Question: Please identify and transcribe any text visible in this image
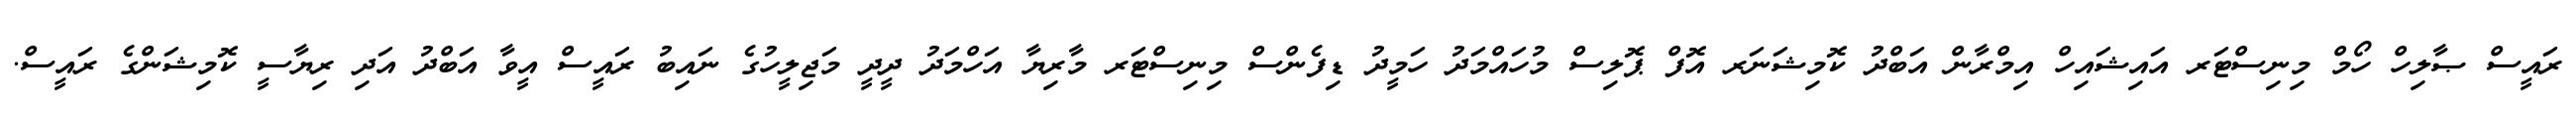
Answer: ރައީސް ޞާލިހް ހޯމް މިނިސްޓަރ އައިޝައިހް އިމްރާން އަބްދު ކޮމިޝަނަރ އޮފް ޕޮލިސް މުހައްމަދު ހަމީދު ޑިފެންސް މިނިސްޓަރ މާރިޔާ އަހްމަދު ދީދީ މަޖިލީހުގެ ނައިބު ރައީސް އީވާ އަބްދު އަދި ރިޔާސީ ކޮމިޝަންގެ ރައީސް.